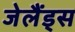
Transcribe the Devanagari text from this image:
जेलैंड्स